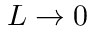
L \rightarrow 0